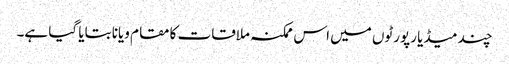
چند میڈیا رپورٹوں میں اس ممکنہ ملاقات کا مقام ویانا بتایا گیا ہے۔